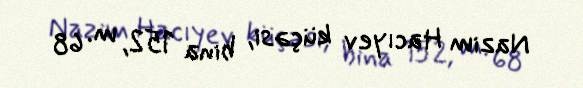
Nazim Hacıyev küçəsi, bina 152, m. 68